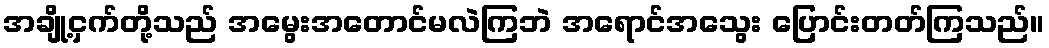
အချို့ငှက်တို့သည် အမွေးအတောင်မလဲကြဘဲ အရောင်အသွေး ပြောင်းတတ်ကြသည်။